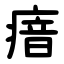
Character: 瘖